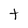
Character: t